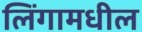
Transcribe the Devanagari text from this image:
लिंगामधील